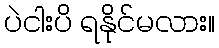
ပဲငါးပိ ရနိုင်မလား။